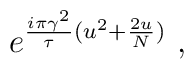
e^{{i \pi \gamma^2 \over \tau} (u^2 + {2u \over N})} \ ,